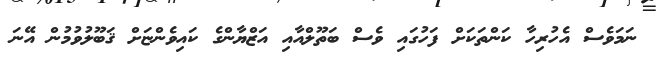
ނަމަވެސް އެހުރިހާ ކަންތަކަށް ފަހުގައި ވެސް ބަތޫލްއާއި އަޒްޔާންގެ ކައިވެންޏަށް ޤަބޫލުވުމުން އޭނަ